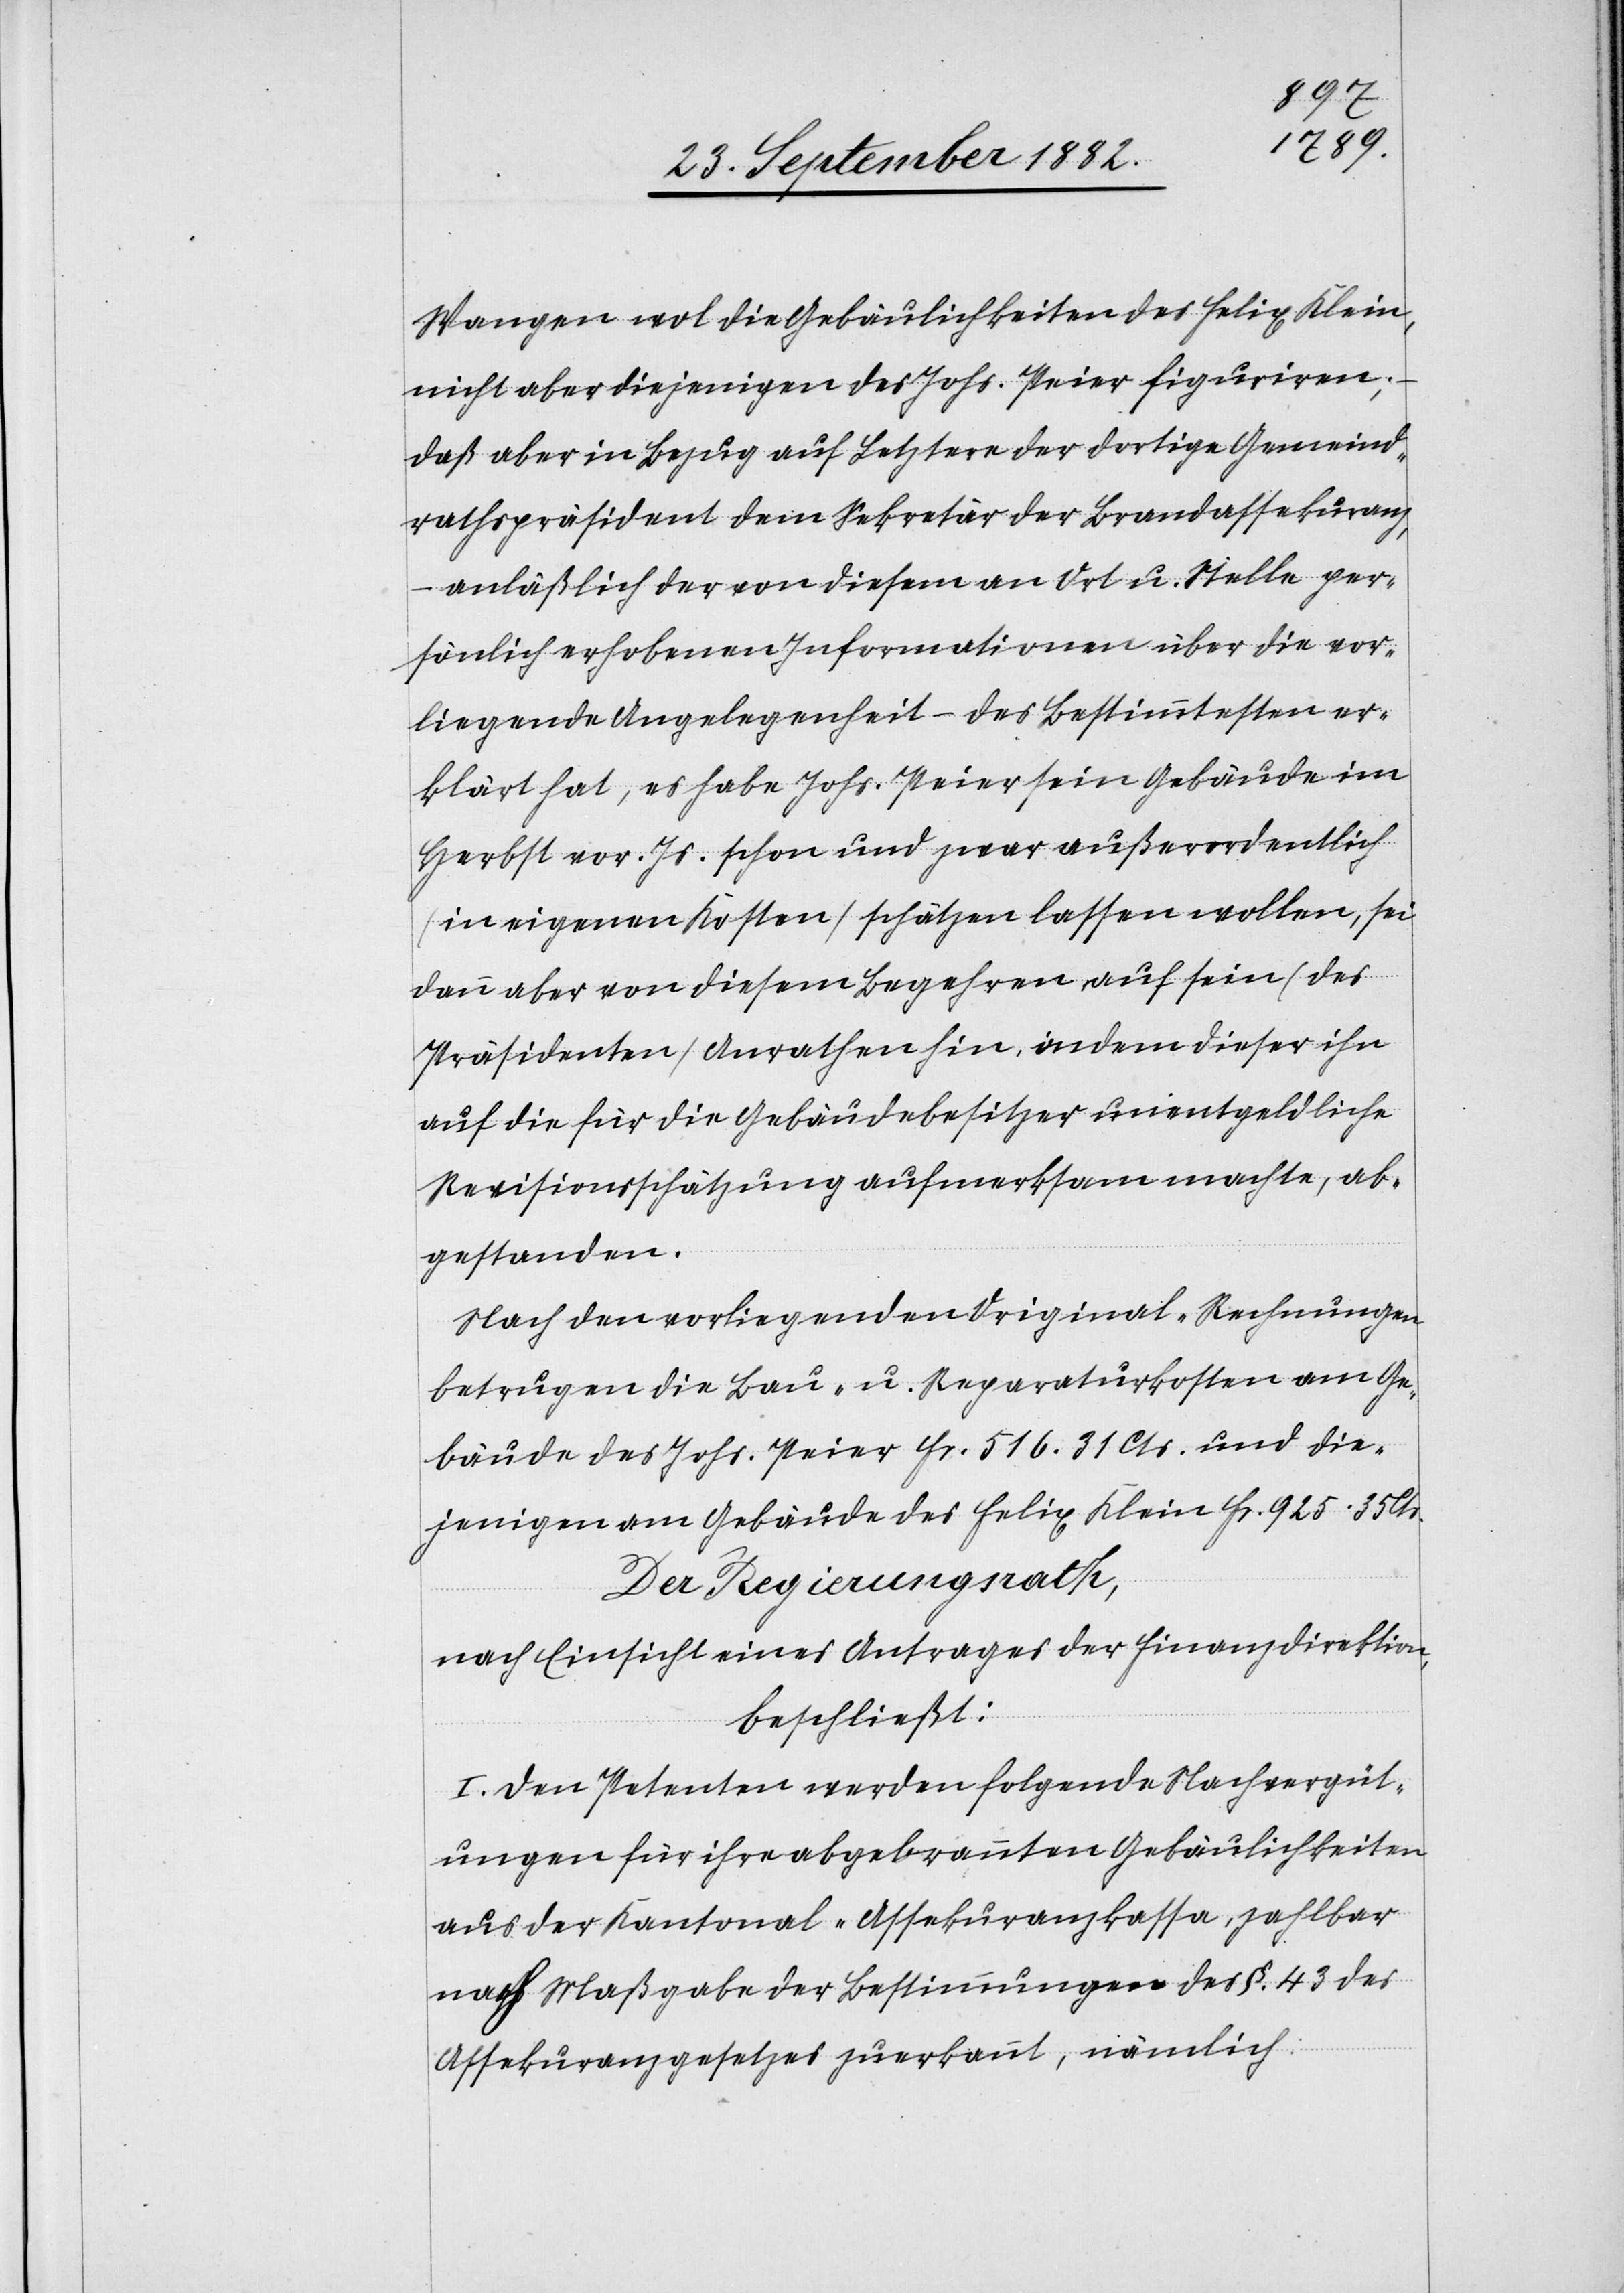
Wangen wol die Gebäulichkeiten des Felix Klein,
nicht aber diejenigen des Johs. Peier figuriren;
daß aber in Bezug auf Letztere der dortige Gemeind¬
rathspräsident dem Sekretär der Brandassekuranz,
anläßlich der von diesem an Ort u. Stelle per¬
sönlich erhobenen Informationen über die vor¬
liegende Angelegenheit – des Bestimmtesten er¬
klärt hat, es habe Johs. Peier sein Gebäude im
Herbst vor. Js. schon und zwar außerordentlich
(in eigenen Kosten) schätzen lassen wollen, sei
dann aber von diesem Begehren, auf sein (des
Präsidenten) Anrathen hin, indem dieser ihn
auf die für die Gebäudebesitzer unentgeldliche
Revisionsschätzung aufmerksam machte, ab¬
gestanden.
Nach den vorliegenden Original-Rechnungen
betrugen die Bau- u. Reparaturkosten am Ge¬
bäude des Johs. Peier Fr. 516. 31 Cts. und die¬
jenigen am Gebäude des Felix Klein Fr. 925. 35
Der Regierungsrath,
nach Einsicht eines Antrages der Finanzdirektion,
beschließt:
I. Den Petenten werden folgende Nachvergüt¬
ungen für ihre abgebrannten Gebäulichkeiten
aus der Kantonal-Assekuranzkassa, zahlbar
nach Maßgabe der Bestimmungen des §. 43 des
Assekuranzgesetzes zuerkannt, nämlich: